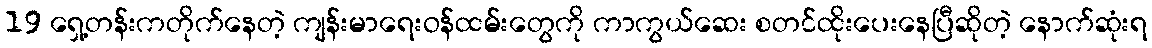
19 ရှေ့တန်းကတိုက်နေတဲ့ ကျန်းမာရေးဝန်ထမ်းတွေကို ကာကွယ်ဆေး စတင်ထိုးပေးနေပြီဆိုတဲ့ နောက်ဆုံးရ